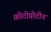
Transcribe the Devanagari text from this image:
फ़ोटोप्रोटीन